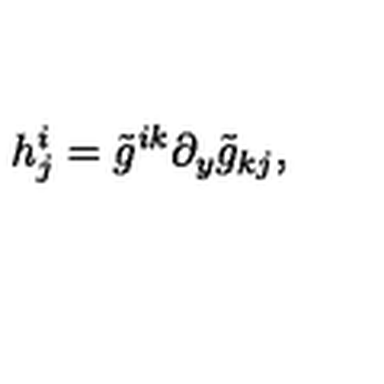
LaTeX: h _ { j } ^ { i } = \tilde { g } ^ { i k } \partial _ { y } \tilde { g } _ { k j } ,